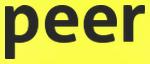
peer